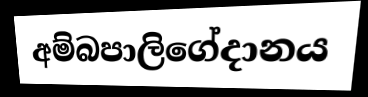
අම්බපාලිගේදානය